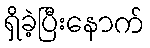
ရှိခဲ့ပြီးနောက်